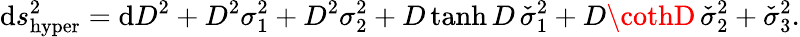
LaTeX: \mathrm{d}s_{\mathrm{{hyper}}}^{2}=\mathrm{d}D^{2}+D^{2}\sigma_{1}^{2}+D^{2}\sigma_{2}^{2}+D\operatorname{tanh}D\, \check{{\sigma}}_{1}^{2}+D\cothD\, \check{{\sigma}}_{2}^{2}+\check{{\sigma}}_{3}^{2}.